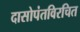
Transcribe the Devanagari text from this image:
दासोपंतविरचित